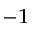
^ { - 1 }